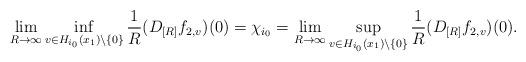
LaTeX: \begin{align*}\lim_{R\to\infty} \inf_{v\in H_{i_0}(x_1)\setminus \{0\}}{1\over R} (D_{[R]} f_{2,v})(0) = \chi_{i_0}= \lim_{R\to\infty} \sup_{v\in H_{i_0}(x_1)\setminus \{0\}}{1\over R} (D_{[R]} f_{2,v})(0) . \end{align*}